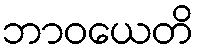
ဘာဝယေတိ